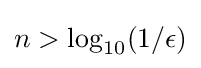
n>\log _{10}(1/\epsilon )